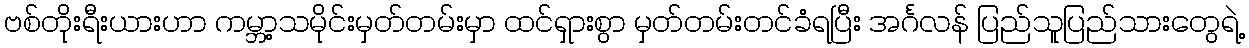
ဗစ်တိုးရီးယားဟာ ကမ္ဘာ့သမိုင်းမှတ်တမ်းမှာ ထင်ရှားစွာ မှတ်တမ်းတင်ခံရပြီး အင်္ဂလန် ပြည်သူပြည်သားတွေရဲ့